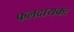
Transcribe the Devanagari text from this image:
फलदायकः